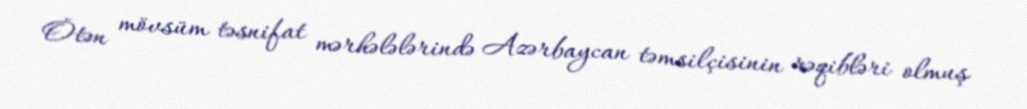
Ötən mövsüm təsnifat mərhələlərində Azərbaycan təmsilçisinin rəqibləri olmuş